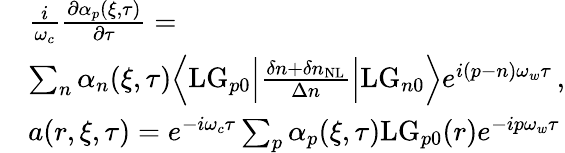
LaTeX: \begin{array}{rl}&{\frac{i}{\omega_{c}}\frac{\partial\alpha_{p}(\xi,\tau)}{\partial\tau}=}\\ &{\sum_{n}\alpha_{n}(\xi,\tau)\Big\langle\mathrm{LG}_{p0}\Big|\frac{\delta n+\delta n_{\mathrm{NL}}}{\Delta n}\Big|\mathrm{LG}_{n0}\Big\rangle e^{i(p-n)\omega_{w}\tau}\, ,}\\ &{a(r,\xi,\tau)=e^{-i\omega_{c}\tau}\sum_{p}\alpha_{p}(\xi,\tau)\mathrm{LG}_{p0}(r)e^{-ip\omega_{w}\tau}}\end{array}